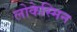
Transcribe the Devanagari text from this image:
लोकेस्मिन